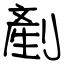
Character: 剷